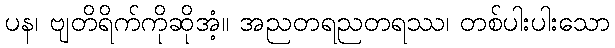
ပန၊ ဗျတိရိက်ကိုဆိုအံ့။ အညတရညတရဿ၊ တစ်ပါးပါးသော